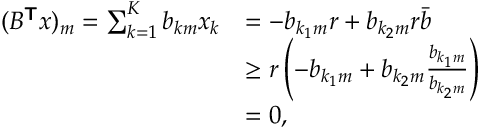
\begin{array} { r l } { ( B ^ { \boldsymbol { \mathsf { T } } } \boldsymbol { x } ) _ { m } = \sum _ { k = 1 } ^ { K } b _ { k m } x _ { k } } & { = - b _ { { k _ { 1 } } m } r + b _ { { k _ { 2 } } m } r \bar { b } } \\ & { \ge r \left( - b _ { { k _ { 1 } } m } + b _ { { k _ { 2 } } m } \frac { b _ { { k _ { 1 } } { m } } } { b _ { { k _ { 2 } } { m } } } \right) } \\ & { = 0 , } \end{array}